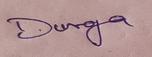
Signature authenticity: genuine